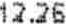
12.26